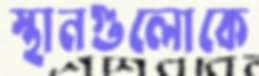
স্থানগুলোকে